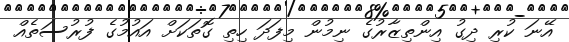
އޭނަ ކުރި ދިގު އިންތިޒާރުގެ ނިމުން މިފަދަ ހިތި ގޮތަކަށް އައުމުގެ ފުރުސަތެއް